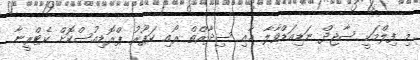
މި ފިލްމަކީ ސާޖިދް ނަޑިއަޑްވާލާ އާއި ސިދާރްތް ރޯއި ކަޕޫރު ޕްރޮޑިއުސްކޮށް ކެޓްރީނާ